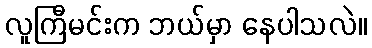
လူကြီမင်းက ဘယ်မှာ နေပါသလဲ။